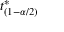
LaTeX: t _ { ( 1 - \alpha / 2 ) } ^ { * }